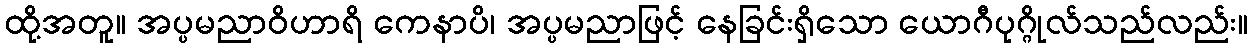
ထို့အတူ။ အပ္ပမညာဝိဟာရိ ကေနာပိ၊ အပ္ပမညာဖြင့် နေခြင်းရှိသော ယောဂီပုဂ္ဂိုလ်သည်လည်း။